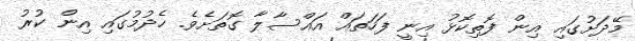
މޭދަށުގައި އިން ފޮތިކޮޅު އިނީ ފަހަތައް އައްސާލާ ގޮތަށެވެ. ހެދުމުގައި އިން ކުރު